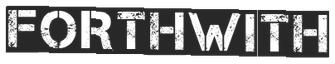
FORTHWITH